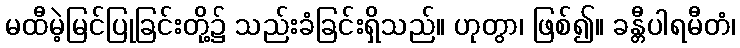
မထီမဲ့မြင်ပြုခြင်းတို့၌ သည်းခံခြင်းရှိသည်။ ဟုတွာ၊ ဖြစ်၍။ ခန္တီပါရမီတံ၊